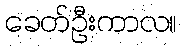
ခေတ်ဦးကာလ။